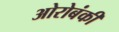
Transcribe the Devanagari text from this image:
ओरोबंकी